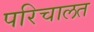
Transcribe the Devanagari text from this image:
परिचालत